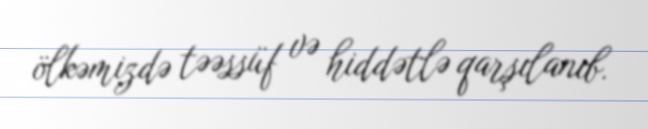
ölkəmizdə təəssüf və hiddətlə qarşılanıb.